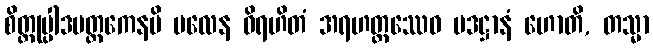
စိတ္တုပ္ပါဒမတ္တကေနပိ မလေန ဝိရဟိတံ အရဟတ္တဿေဝ ပဒဋ္ဌာနံ ဟောတိ, တသ္မာ